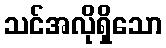
သင်အလိုရှိသော